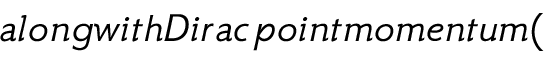
a l o n g w i t h D i r a c p o i n t m o m e n t u m (